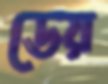
ডেয়